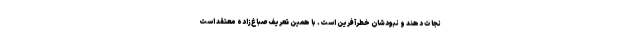
نجات دهند و نبودشان خطرآفرین است. با همین تعریف صباغ‌زاده معتقد است